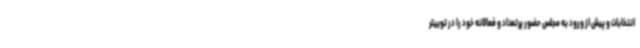
انتخابات و پیش از ورود به مجلس حضور پرتعداد و فعالانه خود را در توییتر